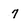
Character: 7